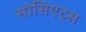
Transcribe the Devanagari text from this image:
सोसिएट्स